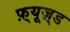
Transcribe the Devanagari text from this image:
फ़्यूज़्ड